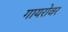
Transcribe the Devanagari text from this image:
गायरोवर